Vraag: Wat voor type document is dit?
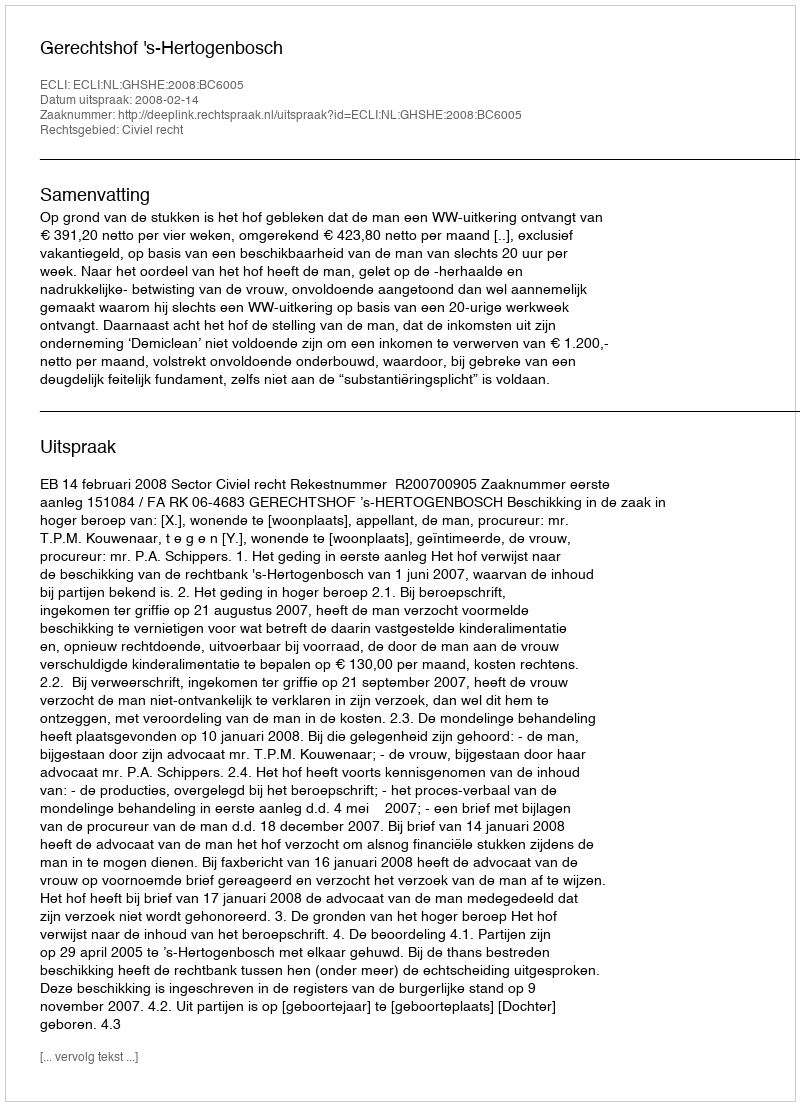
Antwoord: Uitspraak